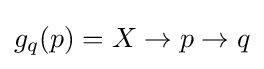
g_{q}(p)=X\to p\to q